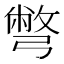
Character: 彆